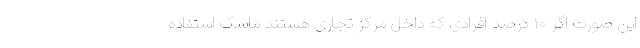
این صورت اگر ۱۰ درصد افرادی که داخل مرکز تجاری هستند ماسک استفاده